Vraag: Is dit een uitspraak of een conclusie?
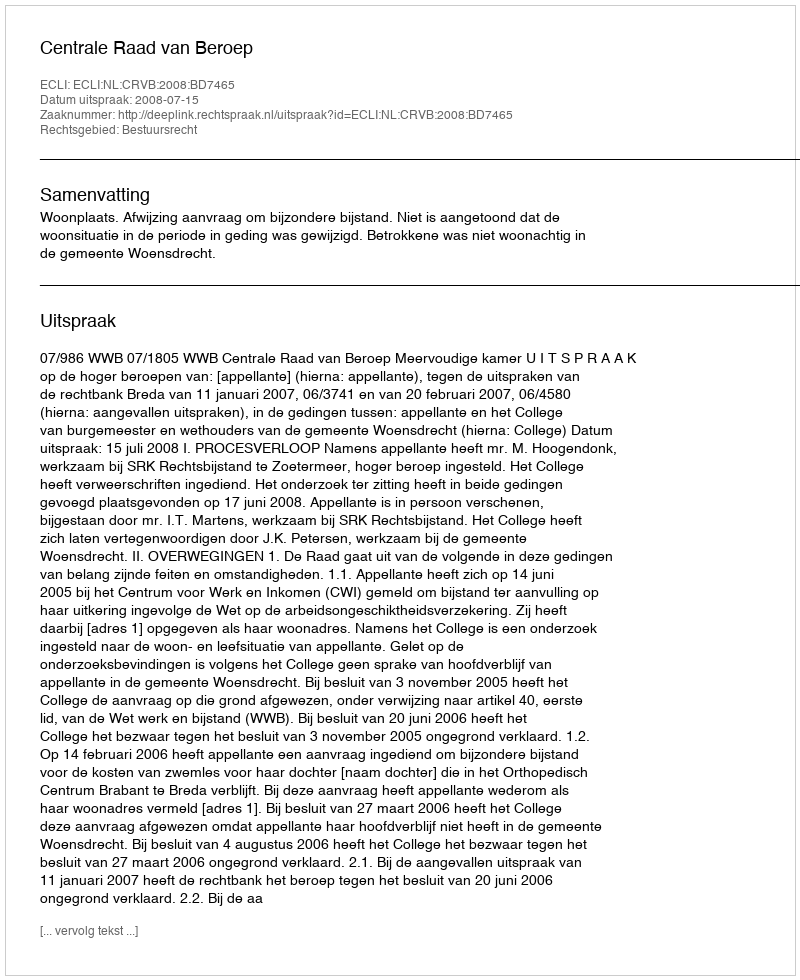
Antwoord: Uitspraak